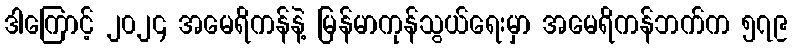
ဒါကြောင့် ၂၀၂၄ အမေရိကန်နဲ့ မြန်မာကုန်သွယ်ရေးမှာ အမေရိကန်ဘက်က ၅၇၉